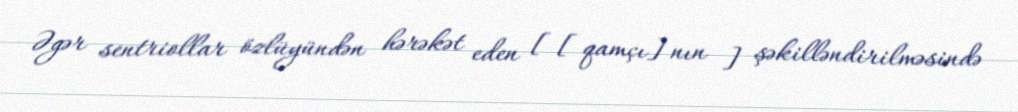
Əgər sentriollar özlüyündən hərəkət eden [[qamçı]nın ] şəkilləndirilməsində